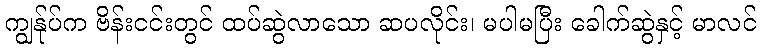
ကျွန်ုပ်က ဗိန်းငင်းတွင် ထပ်ဆွဲလာသော ဆပလိုင်း၊ မပါမပြီး ခေါက်ဆွဲနှင့် မာလင်